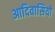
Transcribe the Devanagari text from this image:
आदिवासियो